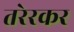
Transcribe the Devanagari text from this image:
तरेरकर